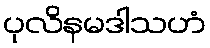
ပုလိနမဒါသဟံ